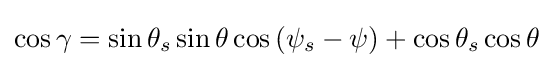
{\cos \gamma =\sin \theta _{s}\sin \theta \cos {(\psi _{s}-\psi )}+\cos \theta _{s}\cos \theta }